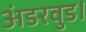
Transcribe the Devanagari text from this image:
अंडरवुड।